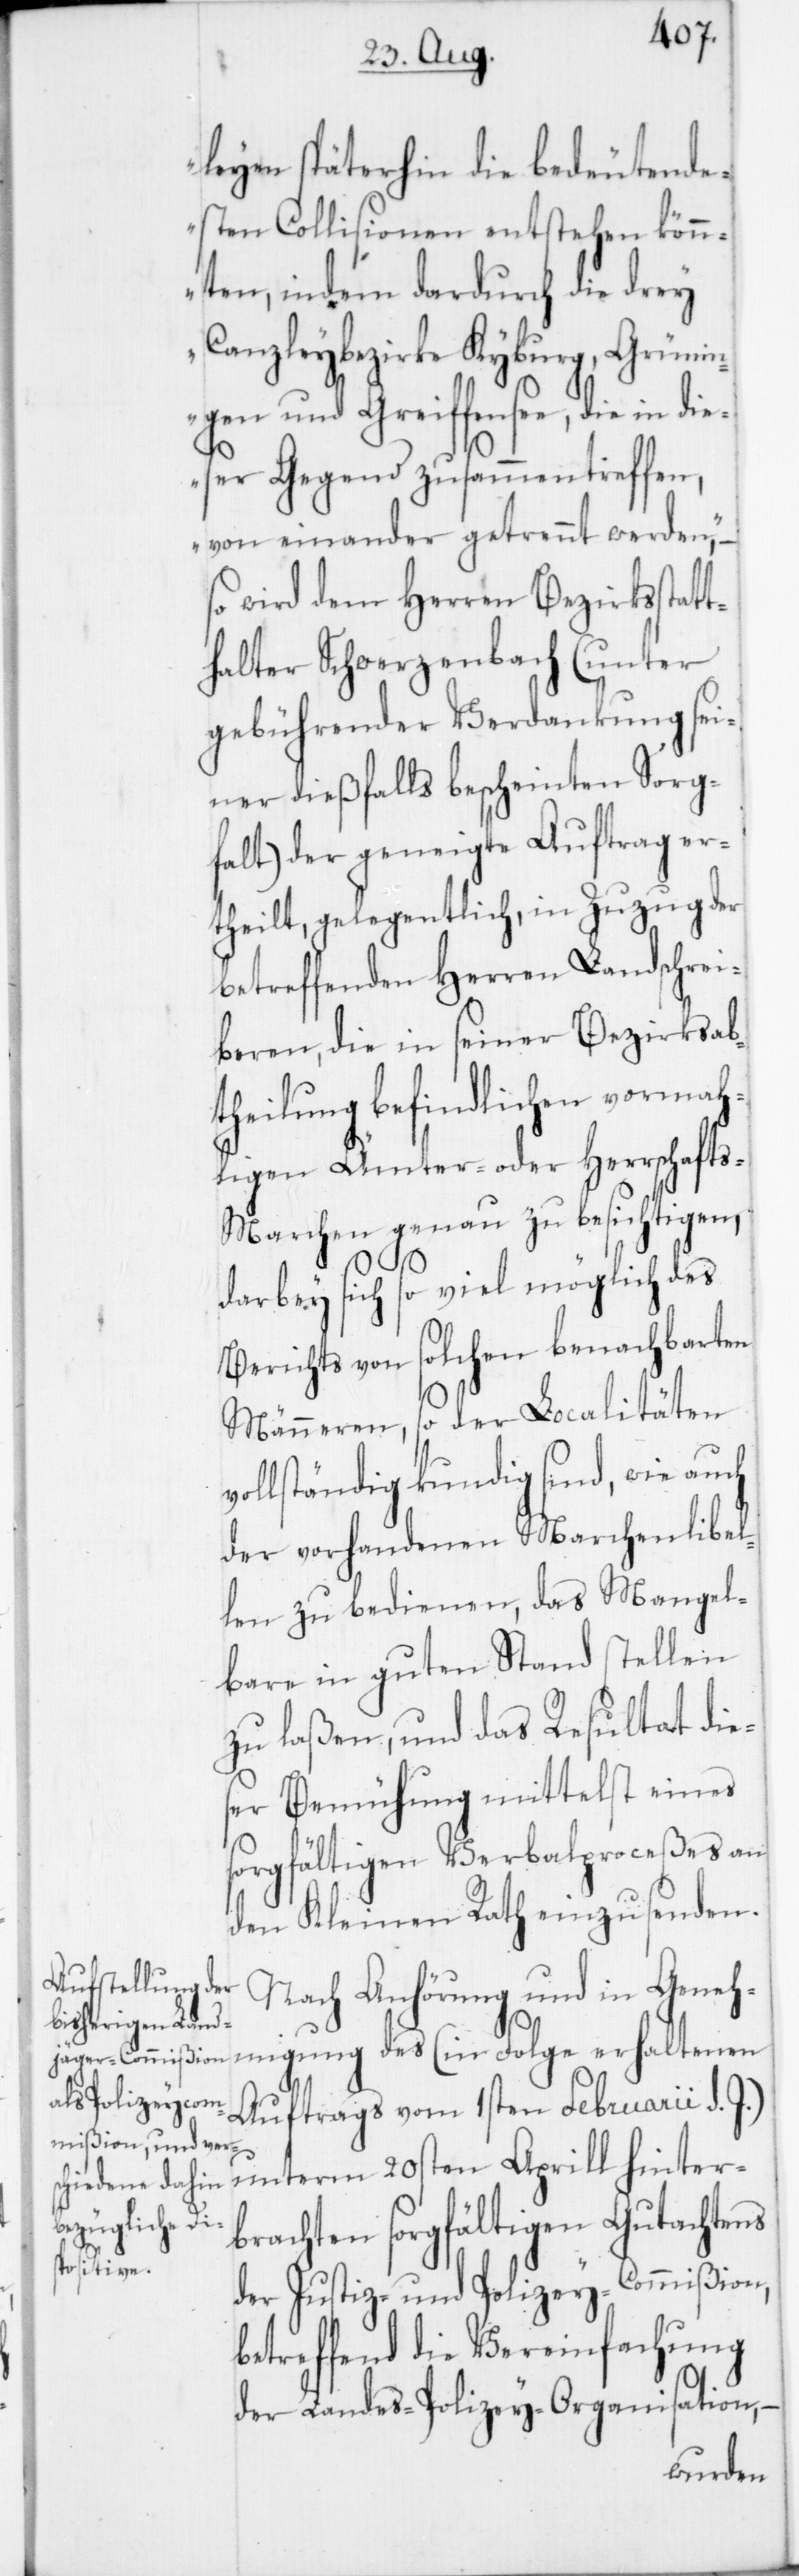
leyen späterhin die bedeutend¬
sten Collisionen entstehen könn¬
ten, indem dardurch die drey
Canzleybezirke Kyburg, Grüni¬
ngen und Greiffensee, die
dieser Gegend zusammentreffen,
von einander getrennt werden,“ –
so wird dem Herren Bezirksstat¬
thalter Schwerzenbach (unter
gebührender Verdankung sei¬
ner dießfalls bescheinten Sorg¬
falt) der geneigte Auftrag er¬
theilt, gelegentlich, in Zuzug der
betreffenden Herren Landschrei¬
beren, die in seiner Bezirksab¬
theilung befindlichen vormah¬
ligen Ämter- oder Herrschaft¬
s-Marchen genau zu besichtigen,
darbey sich so viel möglich des
Berichts von solchen benachbarten
Männeren, so der Localitäten
vollständig kundig sind, wie auch
der vorhandenen Marchenlibel¬
len zu bedienen, das Mangel¬
bare in guten Stand stellen
zu laßen und das Resultat die¬
ser Bemühung mittelst eines
sorgfältigen Verbalpozeßes an
den Kleinen Rath einzusenden.
Nach Anhörung und in Geneh¬
migung des (in Folge erhaltenen
Auftrags vom 1sten Februarii d. J.)
unterm 20sten Aprill hinter¬
brachten sorgfältigen Gutachtens
der Justiz- und Polizey-Commißion,
betreffend die Vereinfachung
der Landes-Polizey-Organisation,